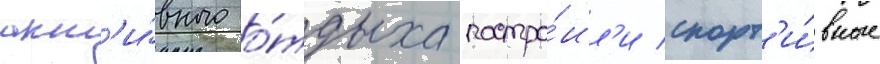
акт'и́вного о́тдыха постро́ил'и спорт'и́вные